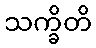
သက္ခိတိ